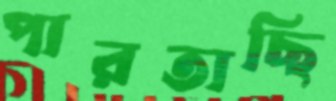
পারতাছি